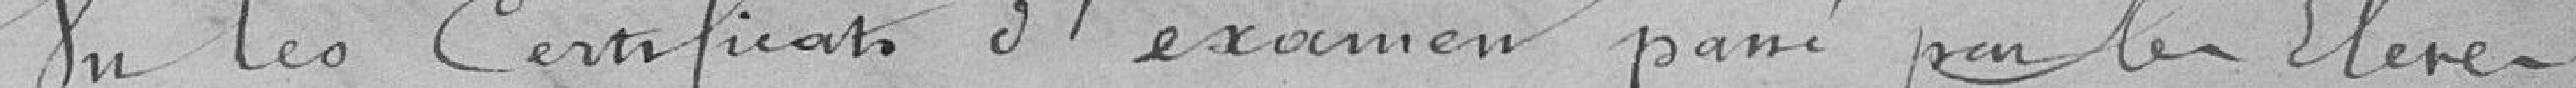
In les Certificato d'examen passé par les Elerca.